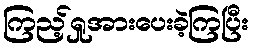
ကြည့်ရှုအားပေးခဲ့ကြပြီး